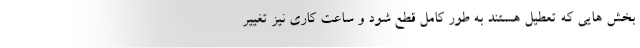
بخش هایی که تعطیل هستند به طور کامل قطع شود و ساعت کاری نیز تغییر